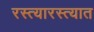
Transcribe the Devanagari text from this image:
रस्त्यारस्त्यात